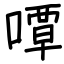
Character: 嘾